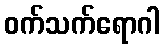
ဝက်သက်ရောဂါ